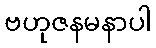
ဗဟုဇနမနာပါ